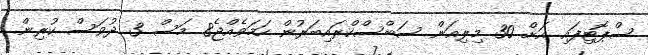
ސްޕޮޓިފައި އަށް 30 މިލިއަން ސަބްސްކްރައިބަރުން ހަމަވެއްޖެ8 މަސް 3 ދުވަސް ކުރިން.